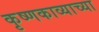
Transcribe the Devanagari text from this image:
कृष्णकाव्याच्या